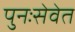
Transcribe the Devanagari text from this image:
पुनःसेवेत